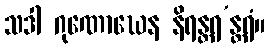
သဒါ ဂုဏောဃေန နိရန္တရ’န္တရံ။